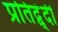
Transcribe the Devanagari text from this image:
प्रतिद्व्ंदी